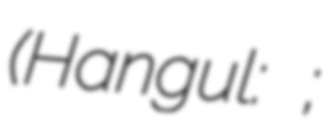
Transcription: (Hangul: 경희대학교;